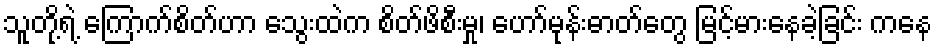
သူတို့ရဲ့ ကြောက်စိတ်ဟာ သွေးထဲက စိတ်ဖိစီးမှု၊ ဟော်မုန်းဓာတ်တွေ မြင့်မားနေခဲ့ခြင်း ကနေ